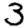
Digit: 3